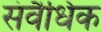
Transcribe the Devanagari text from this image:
संवैधिक